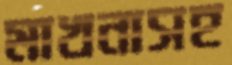
মাখনাসহ